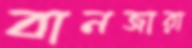
বানজারা